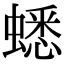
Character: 蟋